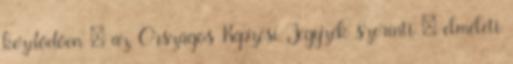
kezdődően – az Országos Képzési Jegyzék szerinti – elméleti